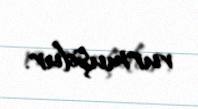
vurmuşdur.